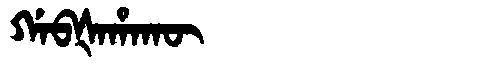
Manchu: ᡤᠠᠪᡧᠠᡥᠠᡴᡡ
Romanization: GABŠAHAKŪ